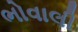
ભોવાલી